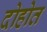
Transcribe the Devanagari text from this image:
दोहोत